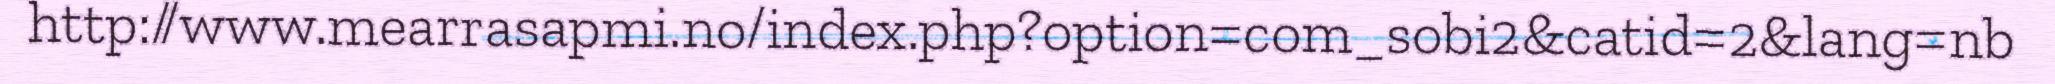
http://www.mearrasapmi.no/index.php?option=com_sobi2&catid=2&lang=nb